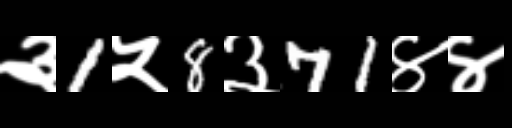
Text: ३1५8३71४४